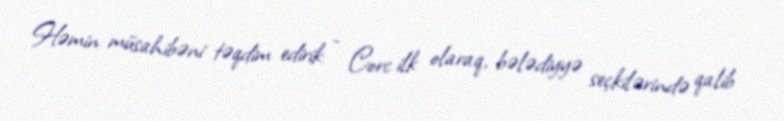
Həmin müsahibəni təqdim edirik: - Corc ilk olaraq, bələdiyyə seçkilərində qalib